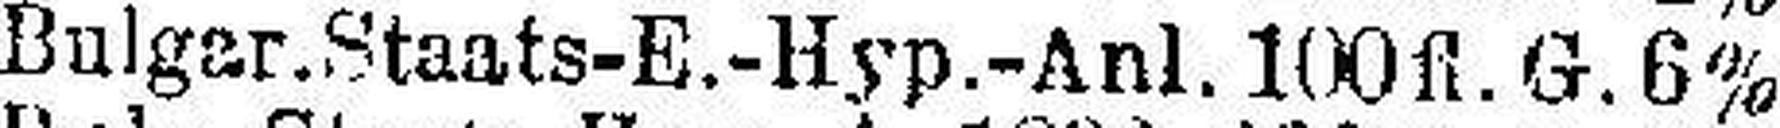
Bulgar.Staats-E.-Hyp.-Anl. 100 fl. G. 6%